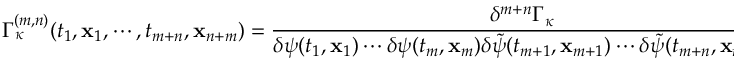
\Gamma _ { \kappa } ^ { ( m , n ) } ( t _ { 1 } , { \bf x } _ { 1 } , \cdots , t _ { m + n } , { \bf x } _ { n + m } ) = \frac { \delta ^ { m + n } \Gamma _ { \kappa } } { \delta \psi ( t _ { 1 } , { \bf x } _ { 1 } ) \cdots \delta \psi ( t _ { m } , { \bf x } _ { m } ) \delta \tilde { \psi } ( t _ { m + 1 } , { \bf x } _ { m + 1 } ) \cdots \delta \tilde { \psi } ( t _ { m + n } , { \bf x } _ { m + n } ) } \, .